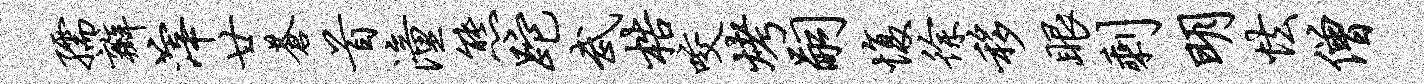
孺瓣滓廿苍首潼熊跎武梏咬烤嗣愎徐移眼剩明怯僧